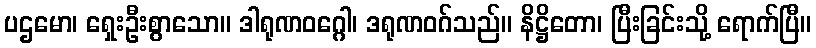
ပဌမော၊ ရှေးဦးစွာသော။ ဒါရုဏဝဂ္ဂေါ၊ ဒရုဏဝဂ်သည်။ နိဋ္ဌိတော၊ ပြီးခြင်းသို့ ရောက်ပြီ။